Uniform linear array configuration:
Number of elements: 64
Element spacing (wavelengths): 0.25
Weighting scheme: blackman
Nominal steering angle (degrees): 60
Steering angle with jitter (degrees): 61.925
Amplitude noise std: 0.05
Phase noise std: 0.05

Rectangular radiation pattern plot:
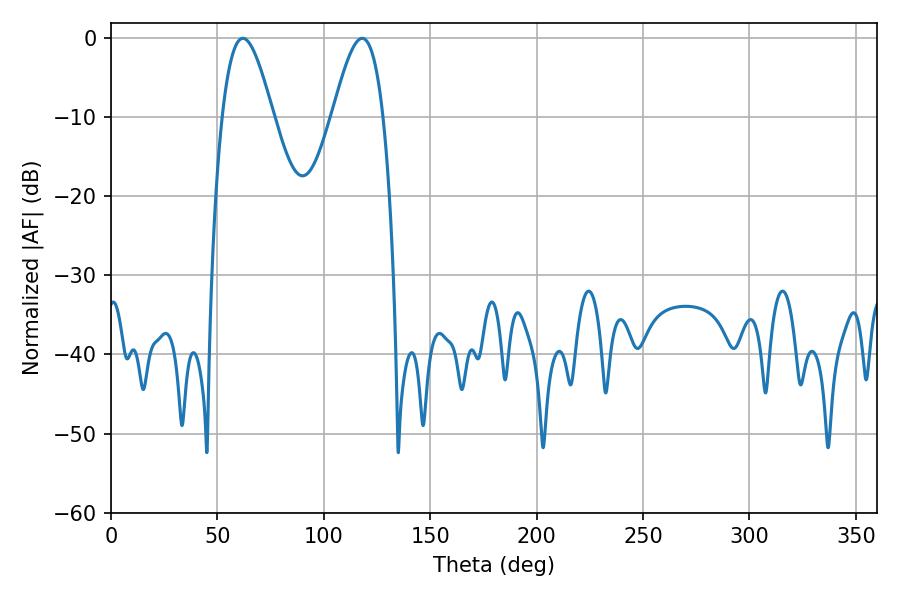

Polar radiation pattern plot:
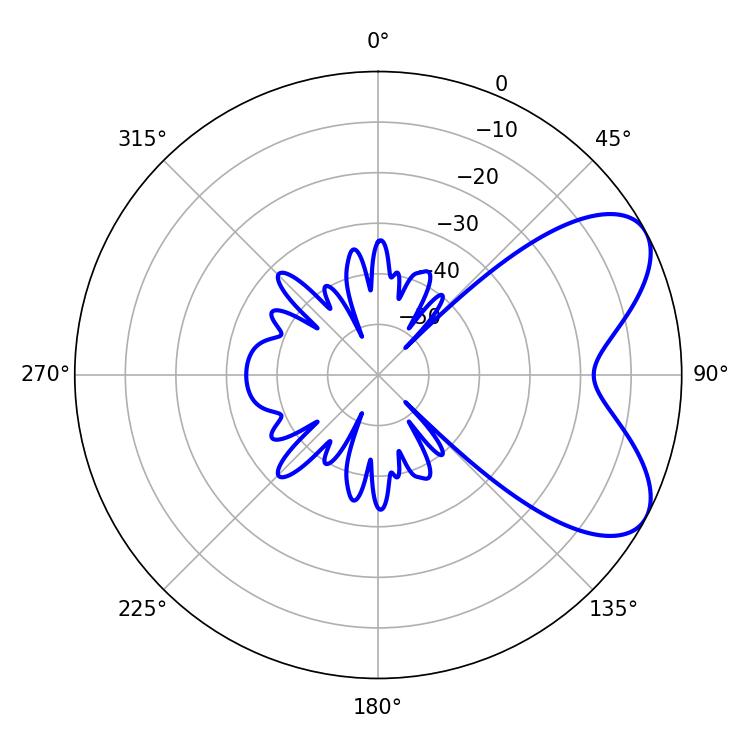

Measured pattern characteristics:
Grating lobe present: FALSE
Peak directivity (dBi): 6.536
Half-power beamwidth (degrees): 12.78
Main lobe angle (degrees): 61.92